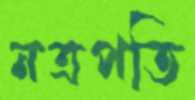
নত্রপতি